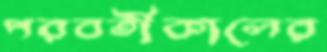
পরবর্তীকালের